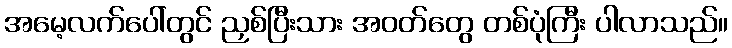
အမေ့လက်ပေါ်တွင် ညှစ်ပြီးသား အဝတ်တွေ တစ်ပုံကြီး ပါလာသည်။